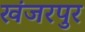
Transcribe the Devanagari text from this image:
खंजरपुर